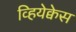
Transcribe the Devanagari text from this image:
व्हियेक्वेस